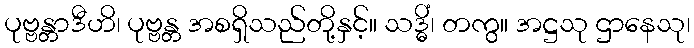
ပုဗ္ဗန္တာဒီဟိ၊ ပုဗ္ဗန္တ အစရှိသည်တို့နှင့်။ သဒ္ဓိံ၊ တကွ။ အဋ္ဌသု ဌာနေသု၊